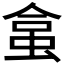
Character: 𧊧